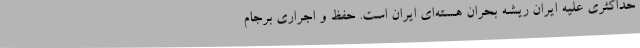
حداکثری علیه ایران ریشه بحران‌ هسته‌ای ایران است. حفظ و اجراری برجام